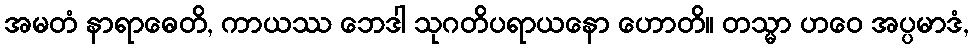
အမတံ နာရာဓေတိ, ကာယဿ ဘေဒါ သုဂတိပရာယနော ဟောတိ။ တသ္မာ ဟဝေ အပ္ပမာဒံ,